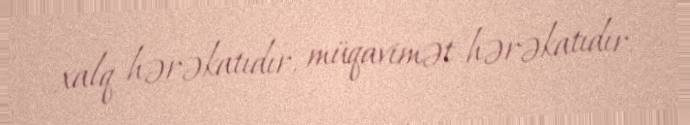
xalq hərəkatıdır, müqavimət hərəkatıdır.